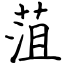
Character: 菹